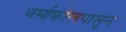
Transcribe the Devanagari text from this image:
थर्माकोलपासून